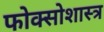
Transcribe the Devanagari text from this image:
फोक्सोशास्त्र